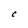
Character: C